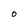
Character: O